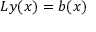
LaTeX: L y ( x ) = b ( x )